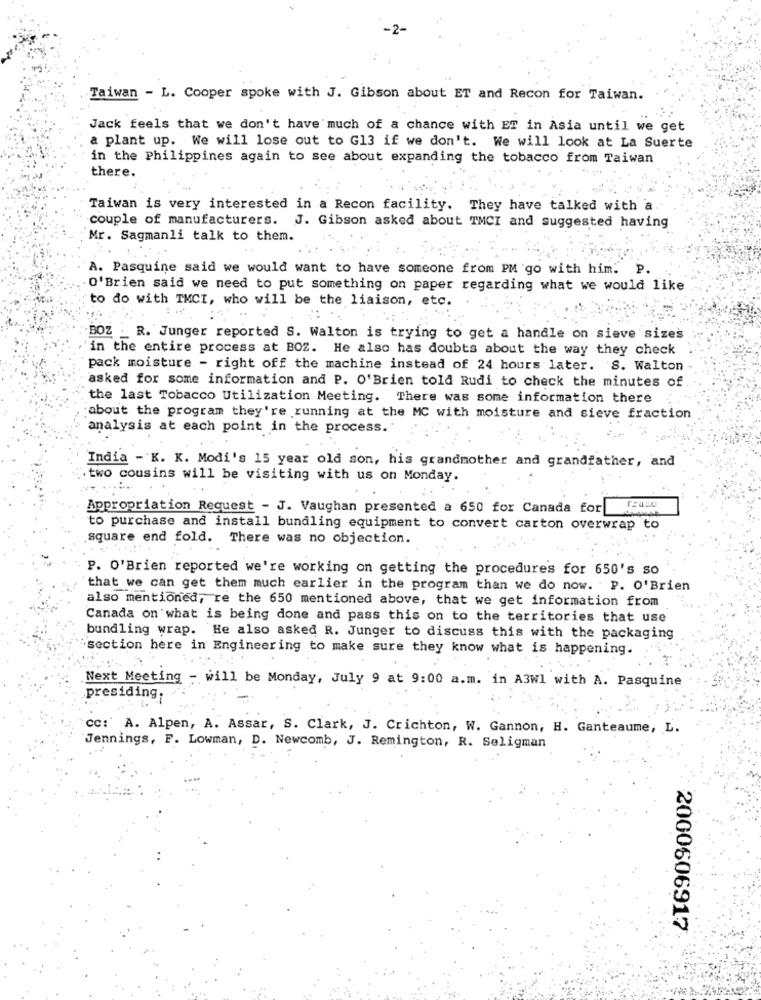
Taiwan - L. Cooper spoke with J. Gibson about ET and Recon for Taiwan.
Jack feels that we don't have much of a chance with ET in Asia until we get
a plant up. We will lose out to G13 if we don't. We will look at La Suerte
in the Philippines again to see about expanding the tobacco from Taiwan
there.
Taiwan is very interested in a Recon facility. They have talked with a
couple of manufacturers. J. Gibson asked about TMCI and suggested having
Mr. Sagmanli talk to them.
A. Pasquine said we would want to have someone from PM go with him. P.
O'Brien said we need to put something on paper regarding what we would like
to do with TMCI, who will be the liaison, etc.
BOZ _ R. Junger reported S. Walton is trying to get a handle on sieve sizes
in the entire process at BOZ. He also has doubts about the way they check
pack moisture - right off the machine instead of 24 hours later. S. Walton
asked for some information and P. O'Brien told Rudi to check the minutes of
the last Tobacco Utilization Meeting. There was some information there
about the program they're running at the MC with moisture and sieve fraction
analysis at each point in the process.
India - K. K. Modi's 15 year old son, his grandmother and grandfather, and
.two cousins will be visiting with us on Monday.
Appropriation Request - J. Vaughan presented a 650 for Canada for
to purchase and install bundling equipment to convert carton overwrap to
square end fold. There was no objection.
P. O'Brien reported we're working on getting the procedures for 650's so
that we can get them much earlier in the program than we do now. P. O'Brien
also mentioned, re the 650 mentioned above, that we get information from
Canada on what is being done and pass this on to the territories that use
bundling wrap. He also asked R. Junger to discuss this with the packaging
section here in Engineering to make sure they know what is happening.
Next Meeting - will be Monday, July 9 at 9:00 a.m. in A3Wl with A. Pasquine
presiding;
cc: A. Alpen, A. Assar, S. Clark, J. Crichton, W. Gannon, H. Ganteaume, L.
Jennings, F. Lowman, D. Newcomb, J. Remington, R. Seligman
2000606917